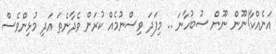
އަނެއްކާ!ނޫން ނޫން ސުބުހާނަ .. މިފަދަ ވިސްނުމެއް ކުރަން ވެދާނެތަ އަދި މުޅިންވެސް